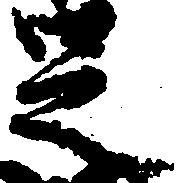
足